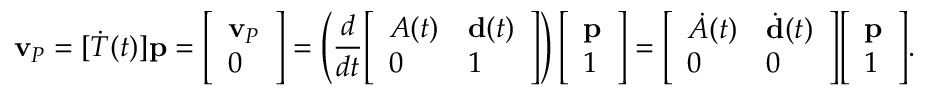
\mathbf { v } _ { P } = [ { \dot { T } } ( t ) ] \mathbf { p } = { \left[ \begin{array} { l } { \mathbf { v } _ { P } } \\ { 0 } \end{array} \right] } = \left( { \frac { d } { d t } } { \left[ \begin{array} { l l } { A ( t ) } & { \mathbf { d } ( t ) } \\ { 0 } & { 1 } \end{array} \right] } \right) { \left[ \begin{array} { l } { \mathbf { p } } \\ { 1 } \end{array} \right] } = { \left[ \begin{array} { l l } { { \dot { A } } ( t ) } & { { \dot { \mathbf { d } } } ( t ) } \\ { 0 } & { 0 } \end{array} \right] } { \left[ \begin{array} { l } { \mathbf { p } } \\ { 1 } \end{array} \right] } .